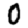
Digit: 0